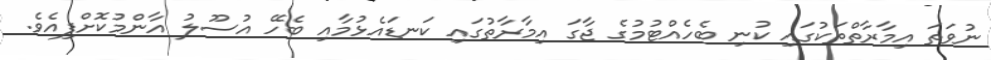
ނުވަތަ އިމާރާތްތަކުގައި ކުނި ބެހެއްޓުމުގެ ޖާގަ އިމާރާތުގައި ކަނޑައެޅުމާއި ބެހޭ އުސޫލު އާންމުކޮށްފިއެވެ.